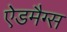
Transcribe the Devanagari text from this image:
ऐडमैग्स